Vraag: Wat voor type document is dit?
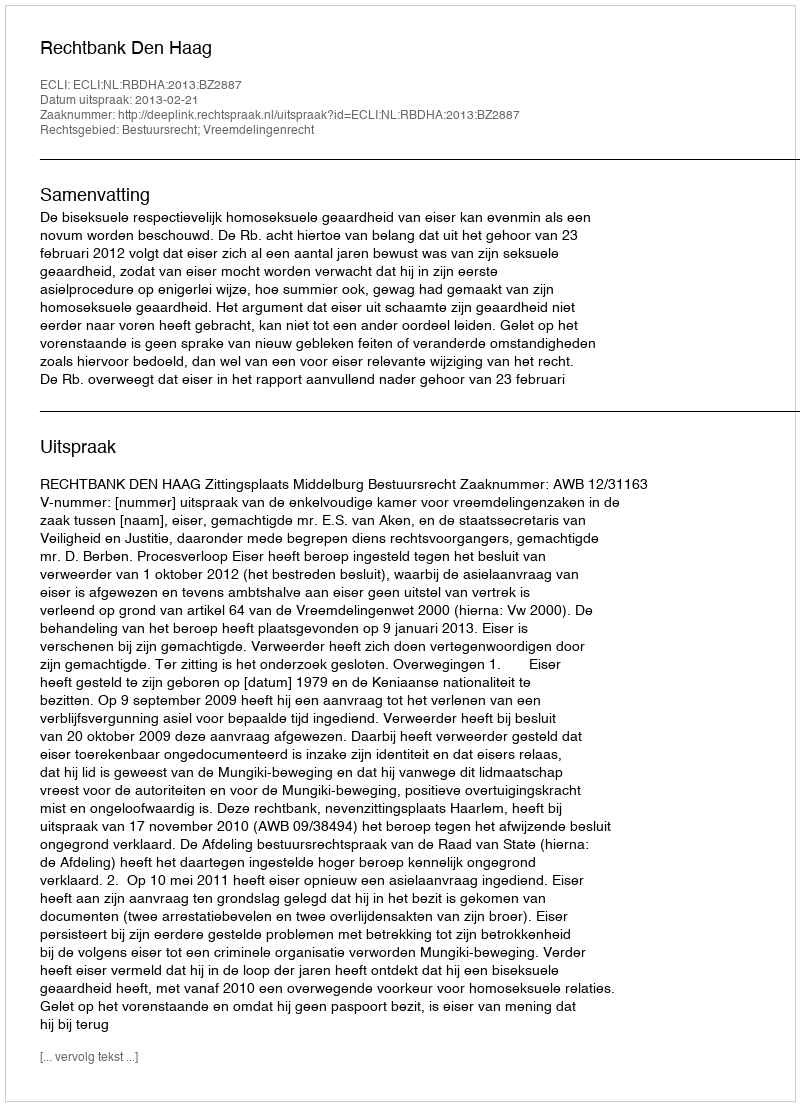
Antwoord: Uitspraak